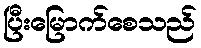
ပြီးမြောက်စေသည်